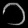
Digit: ၁